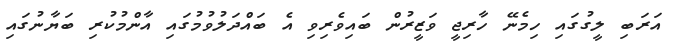
އަރަބި ލީގުގައި ހިމެނޭ ހާރިޖީ ވަޒީރުން ބައިވެރިވި އެ ބައްދަލުވުމުގައި އާންމުކުރި ބަޔާނުގައި